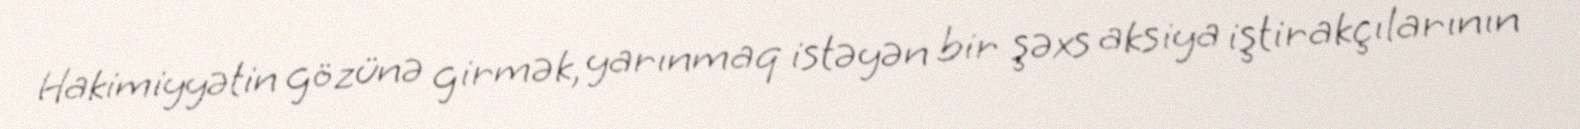
Hakimiyyətin gözünə girmək, yarınmaq istəyən bir şəxs aksiya iştirakçılarının